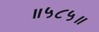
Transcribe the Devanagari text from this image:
॥५८५॥